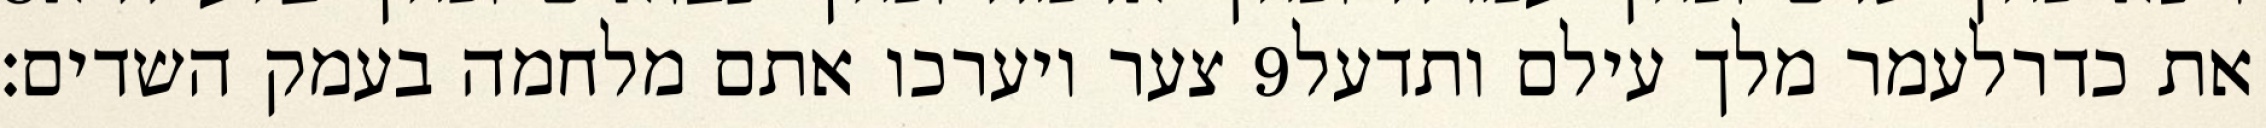
צער ויערכו אתם מלחמה בעמק השדים׃ ‎9‏ את כדרלעמר מלך עילם ותדעל